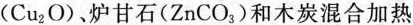
(Cu_{2}O)、炉甘石(ZnCO_{3})和木炭混合加热